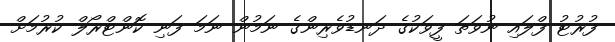
ފުރުޓު ފްލައި ނުވަތަ ފީވަކުގެ ދަނޑުވެރިންގެ ނަމުން ނަމަ ފަނި ކޮންޓްރޯލް ކުރުމަށް